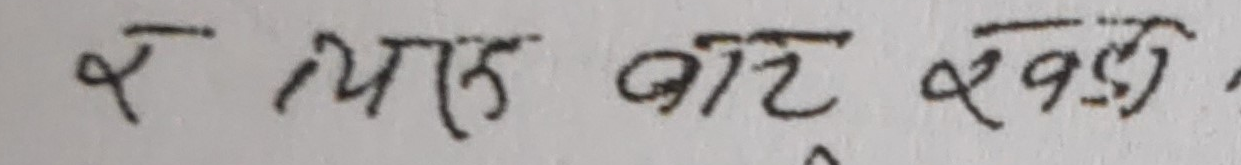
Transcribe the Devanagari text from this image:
र क्यास बाट खण्ड ।